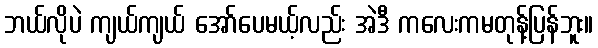
ဘယ်လိုပဲ ကျယ်ကျယ် အော်ပေမယ့်လည်း အဲဒီ ကလေးကမတုန့်ပြန်ဘူး။